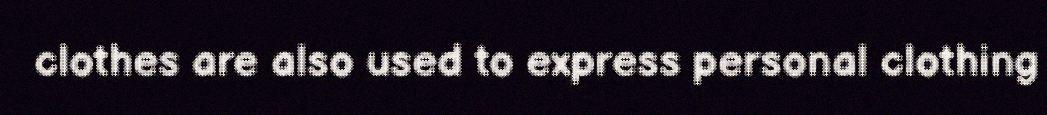
clothes are also used to express personal clothing